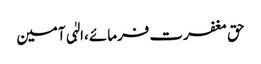
حق مغفرت فرمائے ،الہٰی آمین